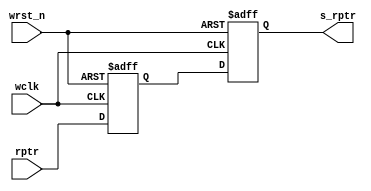
`timescale 1ns/10ps
module syn_r2w #(
   parameter ASIZE = 4
) 
( 
   input wire [ASIZE:0] rptr   , 
   input wire           wclk   , 
   input wire           wrst_n , 
   output reg [ASIZE:0] s_rptr
); 
   reg [ASIZE:0] tmp_rptr;
   always @(posedge wclk or negedge wrst_n) begin 
      if (!wrst_n) begin 
         {s_rptr,tmp_rptr} <= 0;
      end else begin 
         {s_rptr,tmp_rptr} <= {tmp_rptr,rptr};
      end 
   end 

endmodule